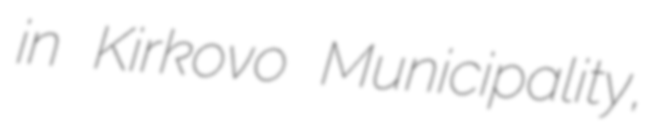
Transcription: in Kirkovo Municipality,